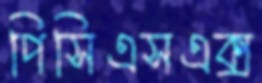
পিসিএসএক্স